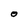
Character: O